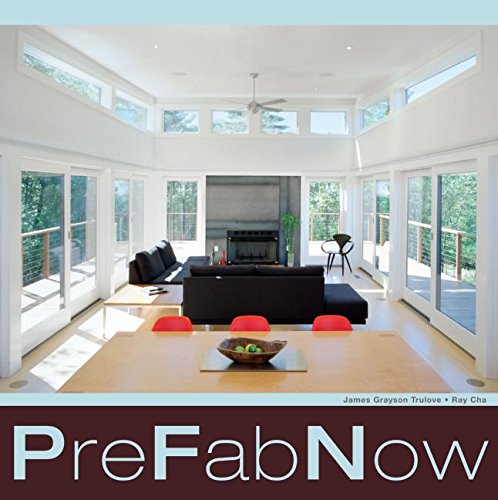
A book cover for PreFab Now; James Grayson Trulove; Arts & Photography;